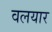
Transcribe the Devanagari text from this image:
वलयार